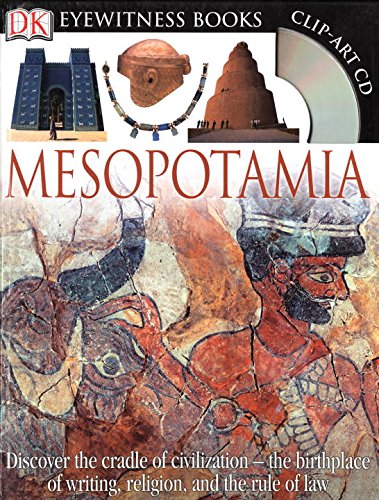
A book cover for DK Eyewitness Books: Mesopotamia; Philip Steele; History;